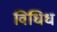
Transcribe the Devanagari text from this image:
विधिध